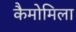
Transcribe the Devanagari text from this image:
कैमोमिला